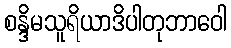
စန္ဒိမသူရိယာဒိပါတုဘာဝေါ